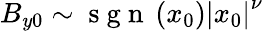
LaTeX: B_{y0}\sim\mathrm{~s~g~n~}\left(x_{0}\right)\left|x_{0}\right|^{\nu}